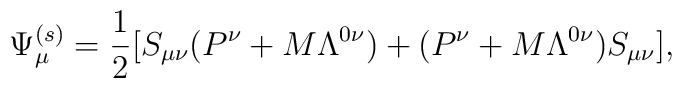
\Psi_\mu^{(s)} = {1\over2}[S_{\mu\nu}(P^\nu + M\Lambda^{0\nu}) +(P^\nu +M\Lambda^{0\nu})S_{\mu\nu}],